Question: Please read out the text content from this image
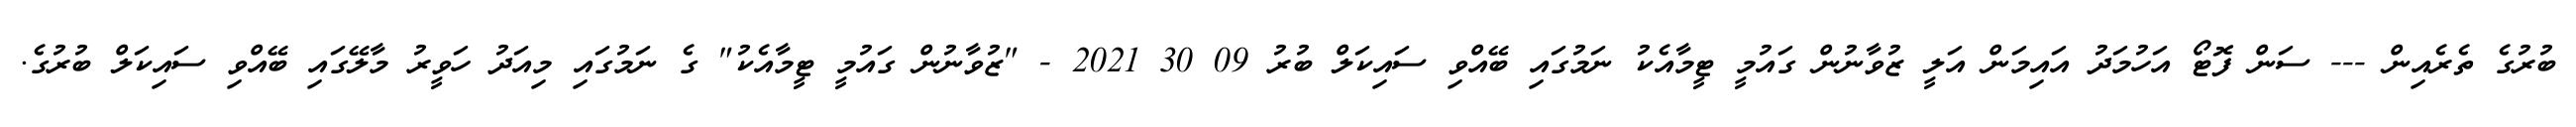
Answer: ބުރުގެ ތެރެއިން --- ސަން ފޮޓޯ އަހުމަދު އައިމަން އަލީ ޒުވާނުން ގައުމީ ޓީމާއެކު ނަމުގައި ބޭއްވި ސައިކަލް ބުރު 09 30 2021 - "ޒުވާނުން ގައުމީ ޓީމާއެކު" ގެ ނަމުގައި މިއަދު ހަވީރު މާލޭގައި ބޭއްވި ސައިކަލް ބުރުގެ.